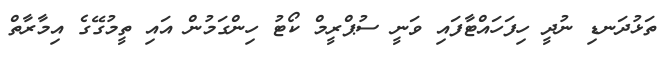
ތަޅުދަނޑި ނުދީ ހިފަހައްޓާފައި ވަނީ ސުޕްރީމް ކޯޓު ހިންގަމުން އައި ތީމުގޭގެ އިމާރާތް